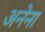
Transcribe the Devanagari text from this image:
अनेना